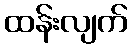
ထန်းလျက်